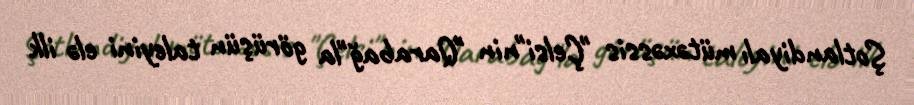
Şotlandiyalı mütəxəssis "Çelsi"nin "Qarabağ"la görüşün taleyini elə ilk